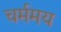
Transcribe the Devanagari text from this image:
चर्ममय